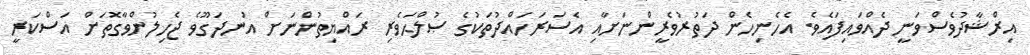
އިރްޝާދުވެސްވަނީ ދެއްވައިފައެވެ. އެހެނިހެން ދަތުރުވެރީންނަށާއި އެސަރަހައްދުތަކުގެ ޞުލްޙަވެރި ރައްޔިތުންނަށް އުނދަގޫވެ ޖެހިލުންވާގޮތަށް އަސްކަރީ